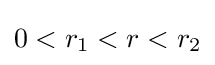
0<r_{1}<r<r_{2}